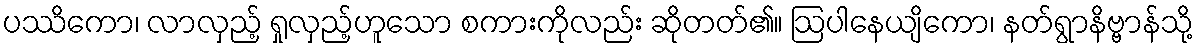
ပဿိကော၊ လာလှည့် ရှုလှည့်ဟူသော စကားကိုလည်း ဆိုတတ်၏။ ဩပါနေယျိကော၊ နတ်ရွာနိဗ္ဗာန်သို့